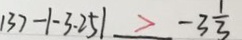
( 3 ) - 1 \vert - 3 . 2 5 \vert > - 3 \frac { 1 } { 3 }